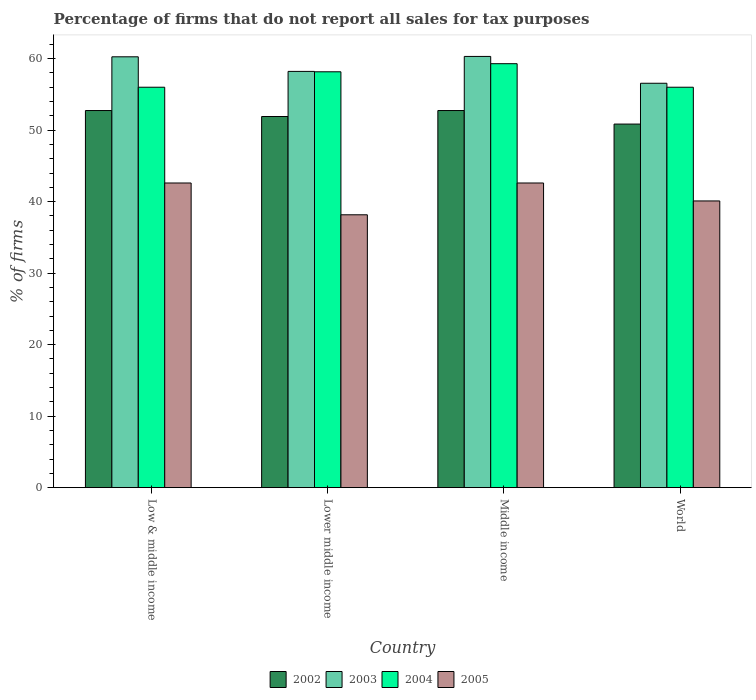
| Country | 2002 | 2003 | 2004 | 2005 |
 | --- | --- | --- | --- | --- |
 | Low & middle income | 52.7 | 60.3 | 56 | 42.6 |
 | Lower middle income | 51.9 | 58.2 | 58.2 | 38.2 |
 | Middle income | 52.7 | 60.3 | 59.3 | 42.6 |
 | World | 50.9 | 56.6 | 56 | 40.1 |